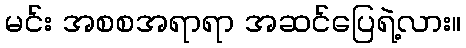
မင်း အစစအရာရာ အဆင်ပြေရဲ့လား။